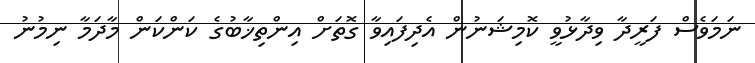
ނަމަވެސް ފަރީދާ ވިދާޅުވީ ކޮމިޝަނުން އެދިފައިވާ ގޮތަށް އިންތިޚާބުގެ ކަންކަން މާދަމާ ނިމުނު